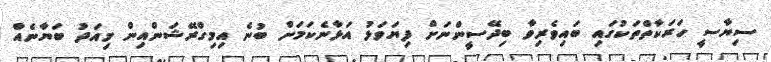
ސިޔާސީ ހަރަކާތްތަކުގައި ބައިވެރިވާ ބިދޭސީންނަށް ފިޔަވަޅު އަޅާނެކަމަށް ބުނެ އިމިގްރޭޝަންއިން މިއަދު ބަޔާނެއް